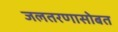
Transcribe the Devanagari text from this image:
जलतरणासोबत